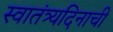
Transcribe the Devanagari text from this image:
स्वातंत्र्यदिनाची